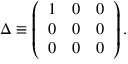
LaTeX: \Delta \equiv \left( \begin{array} { c c c } { { 1 } } & { { 0 } } & { { 0 } } \\ { { 0 } } & { { 0 } } & { { 0 } } \\ { { 0 } } & { { 0 } } & { { 0 } } \end{array} \right) .